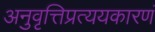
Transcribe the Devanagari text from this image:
अनुवृत्तिप्रत्ययकारणं